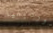
كورديليا